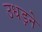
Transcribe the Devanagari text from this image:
उधड़ने